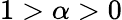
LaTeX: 1>\alpha>0